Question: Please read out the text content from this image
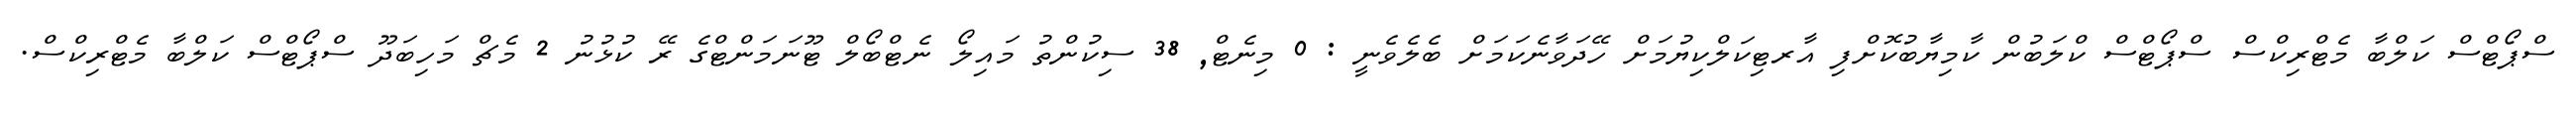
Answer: ސްޕޯޓްސް ކަލްބާ މެޓްރިކްސް ސްޕޯޓްސް ކްލަބުން ކާމިޔާބުކޮށްފި އާރޓިކަލްކިޔުމަށް ހޭދަވާނެކަމަށް ބެލެވެނީ : 0 މިނެޓް, 38 ސިކުންތު މައިލޯ ނެޓްބޯލް ޓޫނަމަންޓްގެ ރޭ ކުޅުނު 2 މެޗް މަހިބަދޫ ސްޕޯޓްސް ކަލްބާ މެޓްރިކްސް.